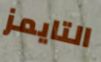
التايمز